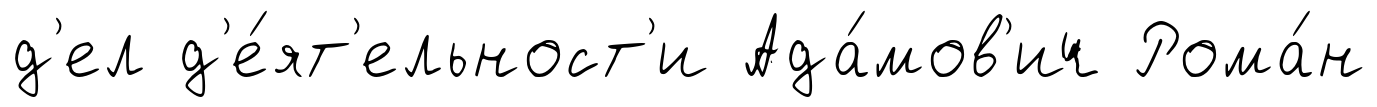
д'ел д'е́ят'ельност'и Ада́мов'ич Рома́н